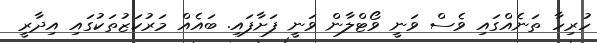
ހުރިހާ ތަނެއްގައި ވެސް ވަނީ ވޯޓްލާން ވަނީ ފަށާފައި. ބައެއް މަރުކަޒުތަކުގައި އިދާރީ